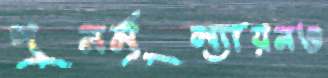
পুনর্মূল্যায়নও